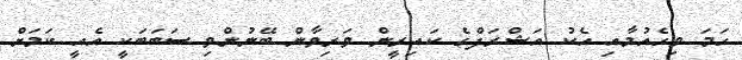
ހަމަ ވިހެއުމާއި އެކު އަޝްރަފްގެ ކައިރީން ވަރިވާން ބޭނުންވި ސަބަބަކީ އެއީ ކަމަށް